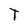
Character: I